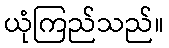
ယုံကြည်သည်။